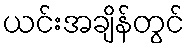
ယင်းအချိန်တွင်